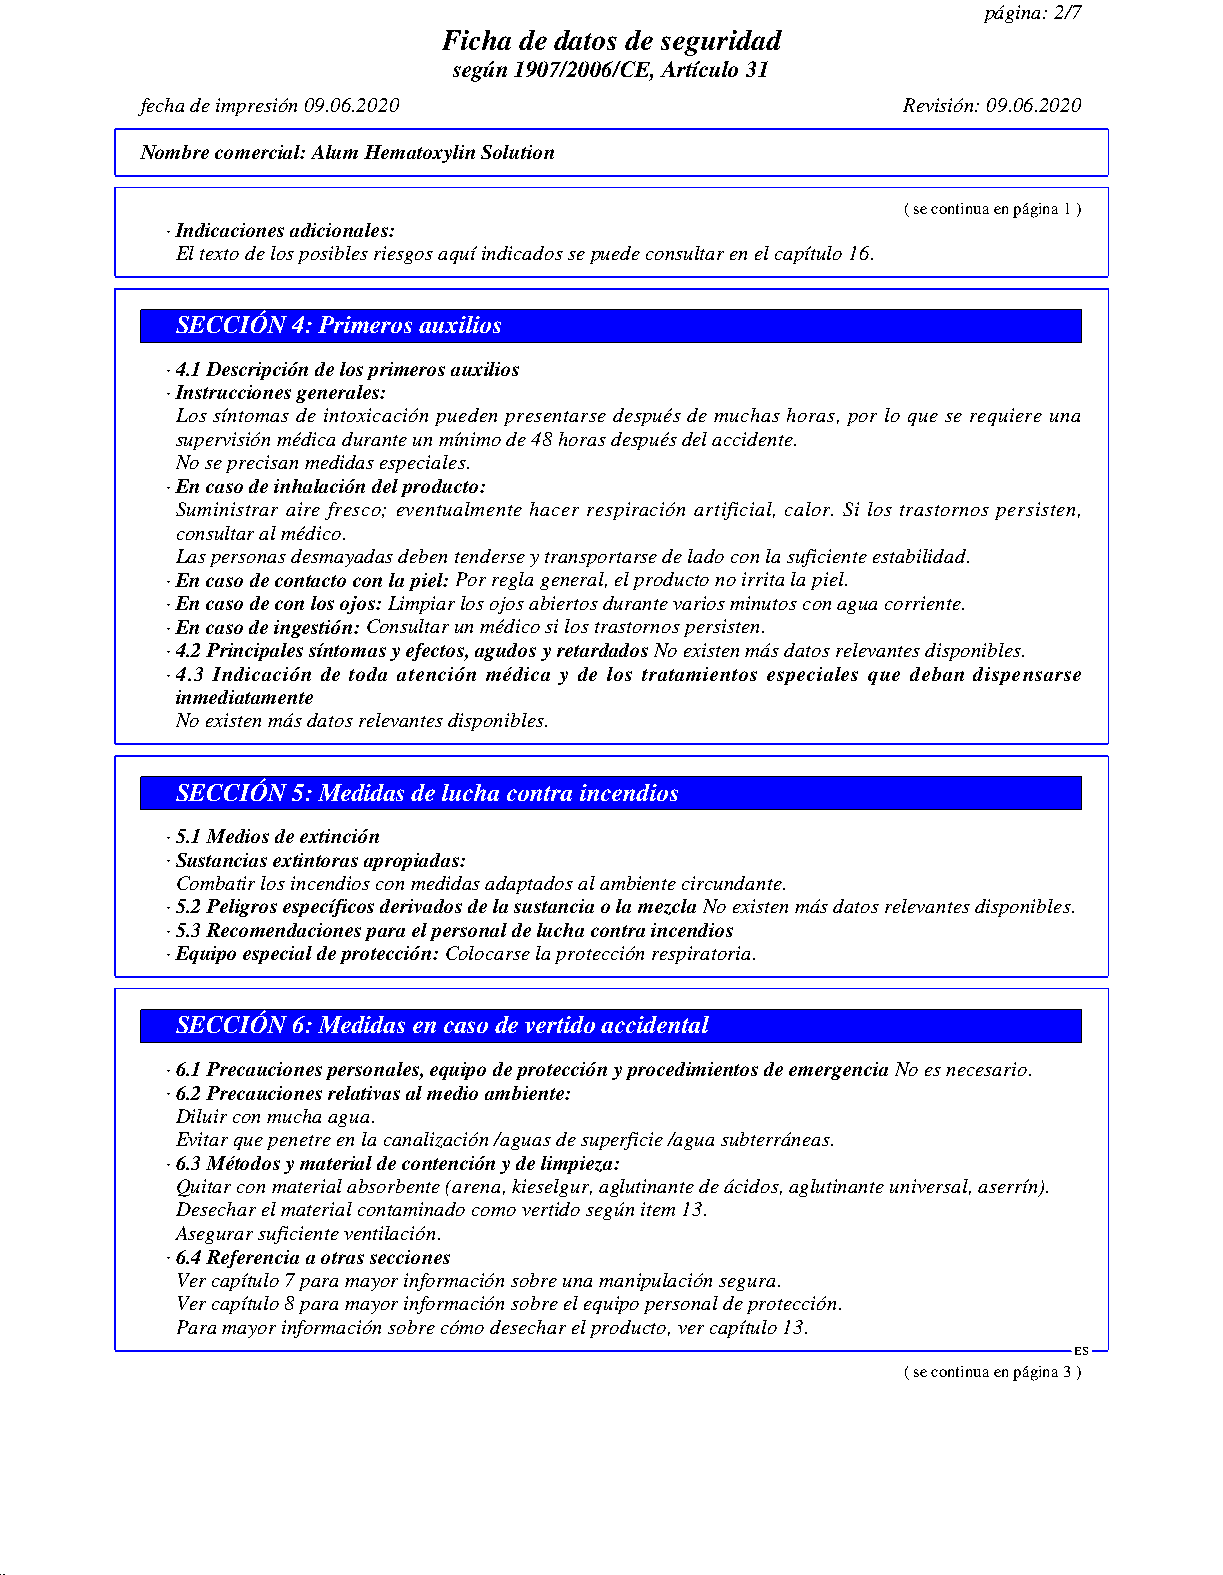
página: 2/7
 Ficha de datos de seguridad
 según 1907/2006/CE, Artículo 31
 fecha de impresión 09.06.2020                      Revisión: 09.06.2020
 Nombre comercial:Alum Hematoxylin Solution
 ( se continua en página 1 )
 · Indicaciones adicionales:
 El texto de los posibles riesgos aquí indicados se puede consultar en el capítulo 16.
 SECCIÓN 4: Primeros auxilios
 · 4.1 Descripción de los primeros auxilios
 · Instrucciones generales:
 Los síntomas de intoxicación pueden presentarse después de muchas horas, por lo que se requiere una
 supervisión médica durante un mínimo de 48 horas después del accidente.
 No se precisan medidas especiales.
 · En caso de inhalación del producto:
 Suministrar aire fresco; eventualmente hacer respiración artificial, calor. Si los trastornos persisten,
 consultar al médico.
 Las personas desmayadas deben tenderse y transportarse de lado con la suficiente estabilidad.
 · En caso de contacto con la piel:Por regla general, el producto no irrita la piel.
 · En caso de con los ojos:Limpiar los ojos abiertos durante varios minutos con agua corriente.
 · En caso de ingestión:Consultar un médico si los trastornos persisten.
 · 4.2 Principales síntomas y efectos, agudos y retardadosNo existen más datos relevantes disponibles.
 · 4.3 Indicación de toda atención médica y de los tratamientos especiales que deban dispensarse
 inmediatamente
 No existen más datos relevantes disponibles.
 SECCIÓN 5: Medidas de lucha contra incendios
 · 5.1 Medios de extinción
 · Sustancias extintoras apropiadas:
 Combatir los incendios con medidas adaptados al ambiente circundante.
 · 5.2 Peligros específicos derivados de la sustancia o la mezclaNo existen más datos relevantes disponibles.
 · 5.3 Recomendaciones para el personal de lucha contra incendios
 · Equipo especial de protección:Colocarse la protección respiratoria.
 SECCIÓN 6: Medidas en caso de vertido accidental
 · 6.1 Precauciones personales, equipo de protección y procedimientos de emergenciaNo es necesario.
 · 6.2 Precauciones relativas al medio ambiente:
 Diluir con mucha agua.
 Evitar que penetre en la canalización /aguas de superficie /agua subterráneas.
 · 6.3 Métodos y material de contención y de limpieza:
 Quitar con material absorbente (arena, kieselgur, aglutinante de ácidos, aglutinante universal, aserrín).
 Desechar el material contaminado como vertido según item 13.
 Asegurar suficiente ventilación.
 · 6.4 Referencia a otras secciones
 Ver capítulo 7 para mayor información sobre una manipulación segura.
 Ver capítulo 8 para mayor información sobre el equipo personal de protección.
 Para mayor información sobre cómo desechar el producto, ver capítulo 13.
 ES
 ( se continua en página 3 )
 51.0.2